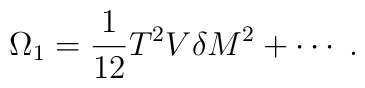
\Omega_1=\frac{1}{12}T^2V\delta M^2+\cdots\;.